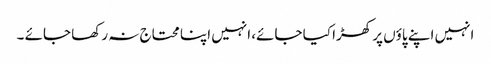
انہیں اپنے پاؤں پر کھڑا کیا جائے، انہیں اپنا محتاج نہ رکھا جائے ۔